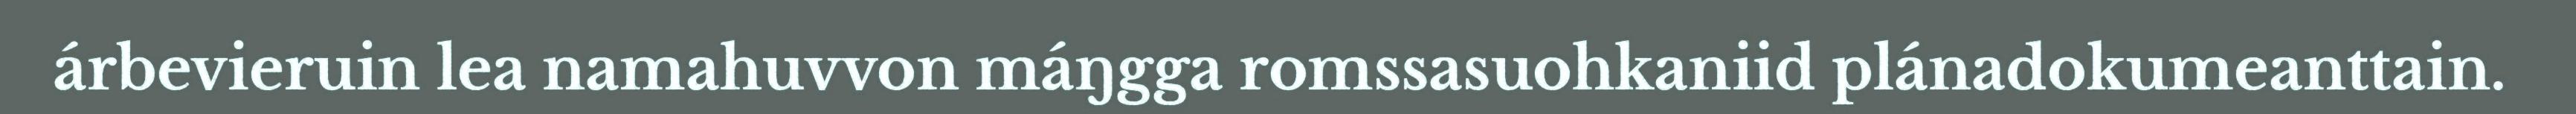
árbevieruin lea namahuvvon máŋgga romssasuohkaniid plánadokumeanttain.